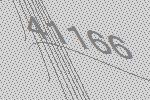
41166